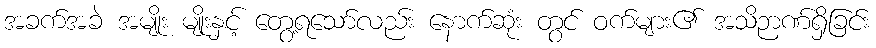
အခက်အခဲ အမျိုး မျိုးနှင့် တွေ့ရသော်လည်း နောက်ဆုံး တွင် ဝက်များ၏ အသိဉာဏ်ရှိခြင်း